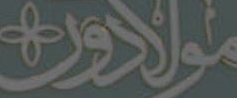
مولادون